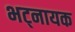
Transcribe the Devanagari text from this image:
भट्नायक